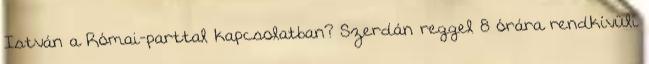
István a Római-parttal kapcsolatban? Szerdán reggel 8 órára rendkívüli